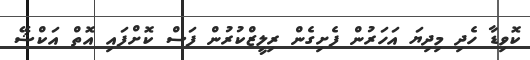
ކޮވިޑާ ހެދި މިދިޔަ އަހަރުން ފެށިގެން ރިލީޒްކުރުން ފަސް ކޮށްފައި އޮތް އަކްޝޭ